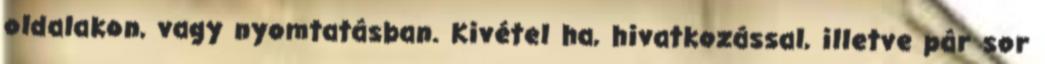
oldalakon, vagy nyomtatásban. Kivétel ha, hivatkozással, illetve pár sor